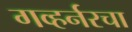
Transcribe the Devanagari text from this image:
गव्हर्नरचा